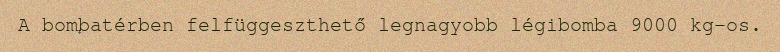
A bombatérben felfüggeszthető legnagyobb légibomba 9000 kg-os.